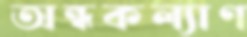
অন্ধকল্যাণ